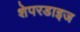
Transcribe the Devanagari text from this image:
शेपरडाइज